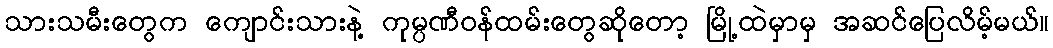
သားသမီးတွေက ကျောင်းသားနဲ့ ကုမ္ပဏီဝန်ထမ်းတွေဆိုတော့ မြို့ထဲမှာမှ အဆင်ပြေလိမ့်မယ်။